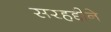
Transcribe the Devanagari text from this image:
सरहद्दीने